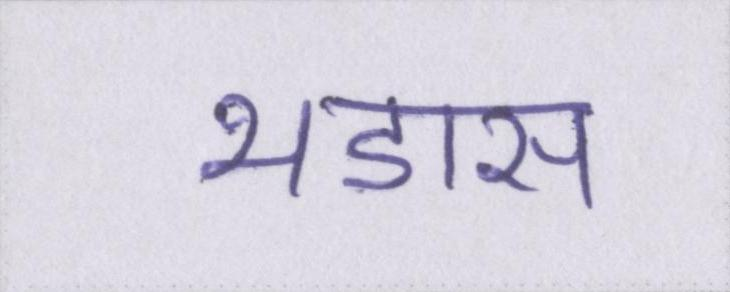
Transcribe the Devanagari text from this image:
भडास